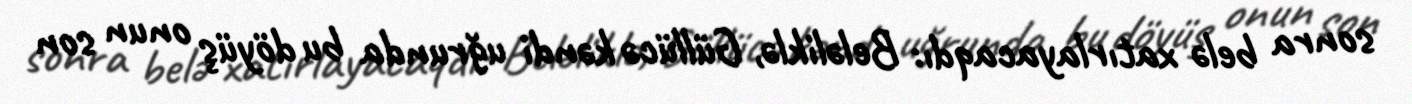
sonra belə xatırlayacaqdı: Beləliklə, Güllücə kəndi uğrunda bu döyüş onun son